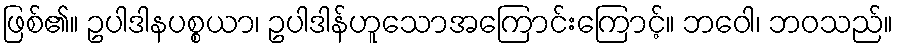
ဖြစ်၏။ ဥပါဒါနပစ္စယာ၊ ဥပါဒါန်ဟူသောအကြောင်းကြောင့်။ ဘဝေါ၊ ဘဝသည်။